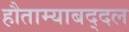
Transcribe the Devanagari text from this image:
हौताम्याबद्दल